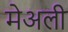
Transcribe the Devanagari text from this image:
मेअली